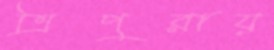
ত্রিপুরায়